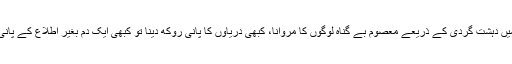
کبھی سرحد پر بلا اشتعال فائرنگ، کبھی بلوچستان سمیت ملک پاکستان کے دیگر علاقوں میں دہشت گردی کے ذریعے معصوم بے گناہ لوگوں کا مروانا، کبھی دریاوں کا پانی روکھ دینا تو کبھی ایک دم بغیر اطلاع کے پانی چھوڑ کر سیلاب کے ذریعے پاکستان میں زمینوں، کھیتوں اور گھروں کو نقصان پہنچانا۔